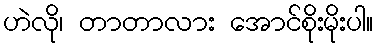
ဟဲလို၊ တာတာလား အောင်စိုးမိုးပါ။